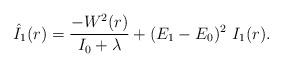
LaTeX: \begin{align*}\hat{I}_1 (r) = \frac{-W^2(r)}{I_0+\lambda } +(E_1-E_0)^2{}~I_1(r).\end{align*}